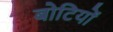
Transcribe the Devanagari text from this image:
बोटियों